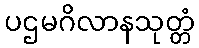
ပဌမဂိလာနသုတ္တံ